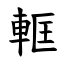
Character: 軭